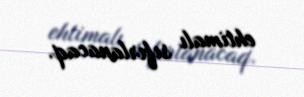
ehtimalı sıfırlanacaq.